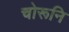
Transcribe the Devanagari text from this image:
चोरूनि